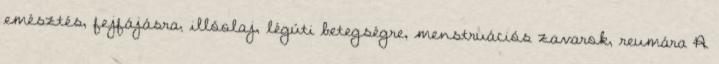
emésztés, fejfájásra, illóolaj, légúti betegségre, menstruációs zavarok, reumára A